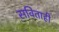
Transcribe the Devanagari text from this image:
सविताही